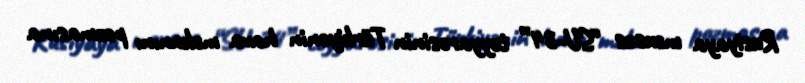
Rusiyaya məxsus “SU-34” təyyarəsinin Türkiyənin hava məkanını pozmasına